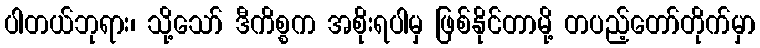
ပါတယ်ဘုရား၊ သို့သော် ဒီကိစ္စက အစိုးရပါမှ ဖြစ်နိုင်တာမို့ တပည့်တော်တိုက်မှာ